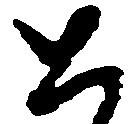
と